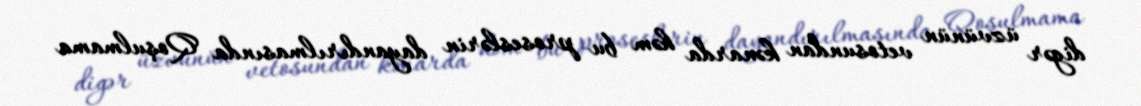
digər üzvünün vetosundan kənarda həm bu proseslərin dayandırılmasında Qoşulmama